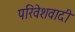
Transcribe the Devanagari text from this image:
परिवेशवादी